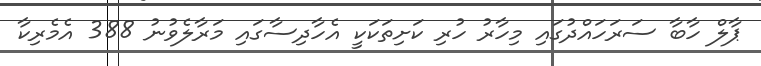
ޕާލް ހާބާ ސަރަހައްދުގައި މިހާރު ހުރި ކަށިތަކަކީ އެހާދިސާގައި މަރާލެވުނު 388 އެމެރިކާ